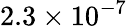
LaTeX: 2.3\times 10^{-7}